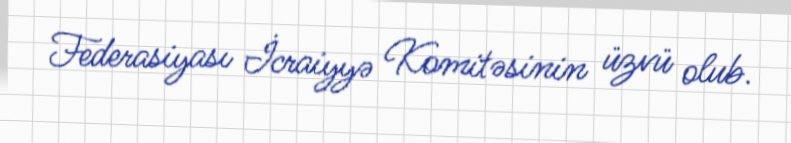
Federasiyası İcraiyyə Komitəsinin üzvü olub.